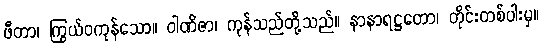
ဖီတာ၊ ကြွယ်ဝကုန်သော။ ဝါဏိဇာ၊ ကုန်သည်တို့သည်။ နာနာရဋ္ဌတော၊ တိုင်းတစ်ပါးမှ။